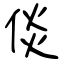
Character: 倓